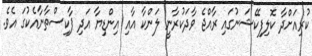
ކުރިއަށްދާ ކޮލިފިކޭޝަނުގައި ރާއްޖެ ވާދަކުރާނީ ލަންކާ އާއި އިންޑިޔާ އަދި ޕާކިސްތާނާއެކުގަ އެވެ.